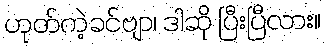
ဟုတ်ကဲ့ခင်ဗျာ၊ ဒါဆို ပြီးပြီလား။